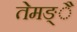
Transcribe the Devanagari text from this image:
तेमङ्ै